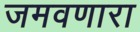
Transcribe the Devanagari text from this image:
जमवणारा